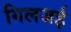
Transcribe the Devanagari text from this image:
गिलजई